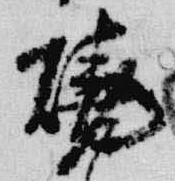
焼